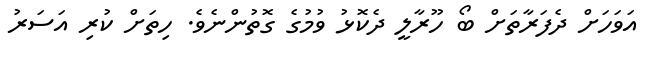
އަވަހަށް ދެފަރާތަށް ބޯ ހޫރާލީ ދެކޮޅު ވުމުގެ ގޮތުންނެވެ. ހިތަށް ކުރި އަސަރު